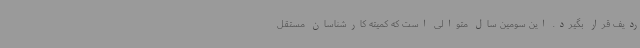
ردیف قرار بگیرد. این سومین سال متوالی است که کمیته کارشناسان مستقل